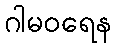
ဂါမဝရေန